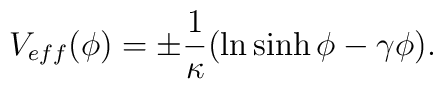
V_{eff}(\phi)=\pm\frac{1}{\kappa}(\ln\sinh\phi-\gamma\phi).